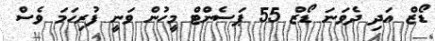
ޑޯޒް އަދި ދެވަނަ ޑޯޒް 55 ޕަސެންޓް މީހުން ވަނީ ފުރިހަމަ ވެސް